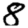
Digit: 8